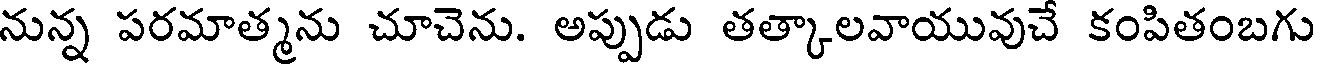
నున్న పరమాత్మను చూచెను. అప్పుడు తత్కాలవాయువుచే కంపితంబగు